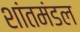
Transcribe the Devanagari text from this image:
शांतमंडल